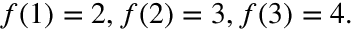
f ( 1 ) = 2 , f ( 2 ) = 3 , f ( 3 ) = 4 .